Document type: Testament
Year: 1362
Scribe: Berenguer Vergós
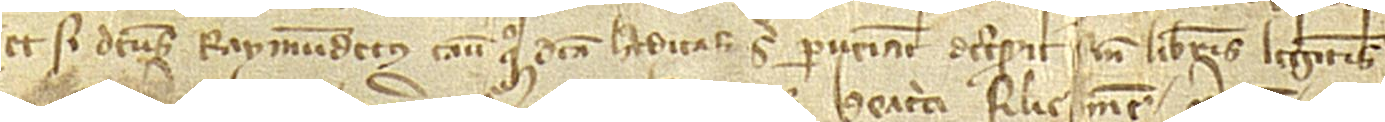
Et si dictus Raymundetus casu quo dicta hereditas sibi perveniat decesserit sine liberis legitimis,